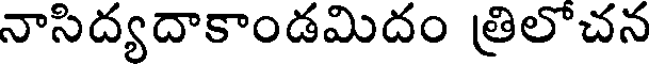
నాసిద్యదాకాండమిదం త్రిలొచన